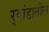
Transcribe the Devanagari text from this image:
र्‍वांडातील